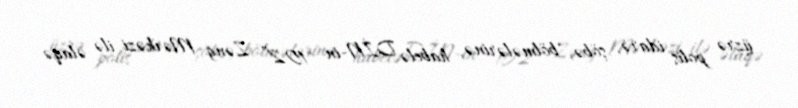
üzrə polis idarə, şöbə, bölmələrinə, habelə DİN-in "102” Zəng Mərkəzi ilə əlaqə